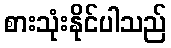
စားသုံးနိုင်ပါသည်